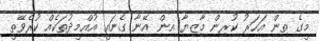
މީގެ ތިން އަހަރު ކުރިން މާޒިޔާ އިން އޭނާ ގެނައީ އުއްމީދުތަކެއް ކުރެވޭތީ